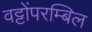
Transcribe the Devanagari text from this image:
वट्टोंपरम्बिल